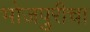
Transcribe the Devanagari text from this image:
भोजपुरीचा